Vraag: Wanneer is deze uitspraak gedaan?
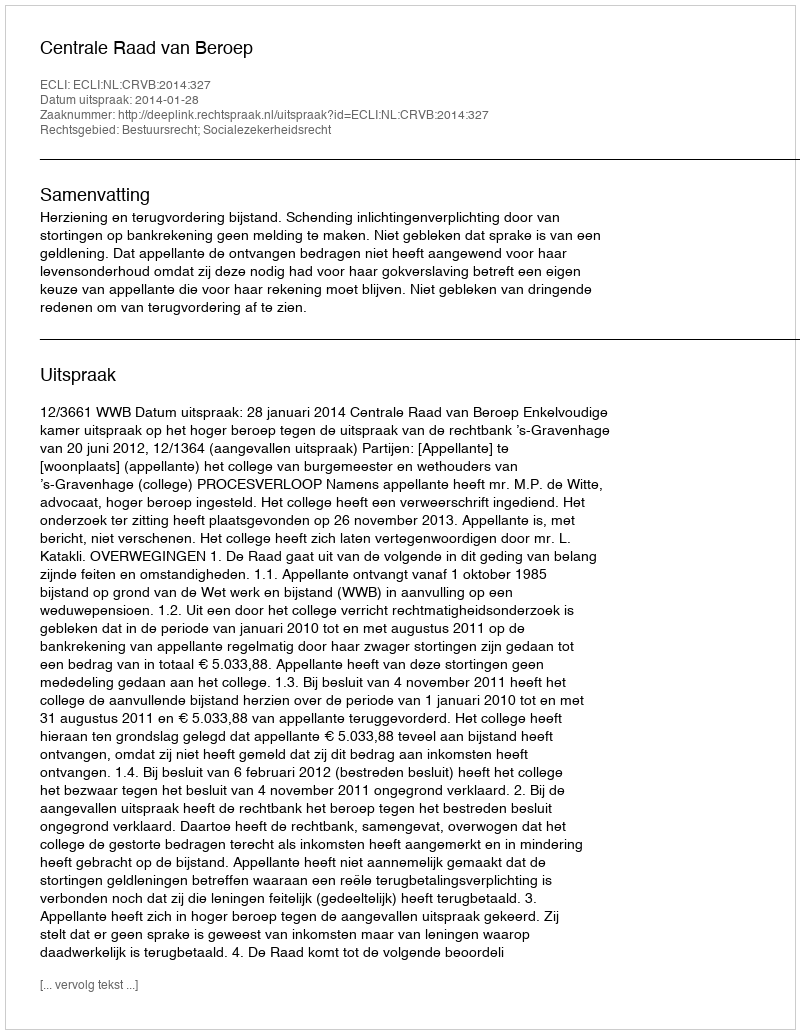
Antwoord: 2014-01-28